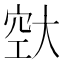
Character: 𪥔